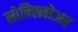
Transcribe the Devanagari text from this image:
नोन्लिनेअर